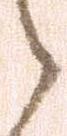
之